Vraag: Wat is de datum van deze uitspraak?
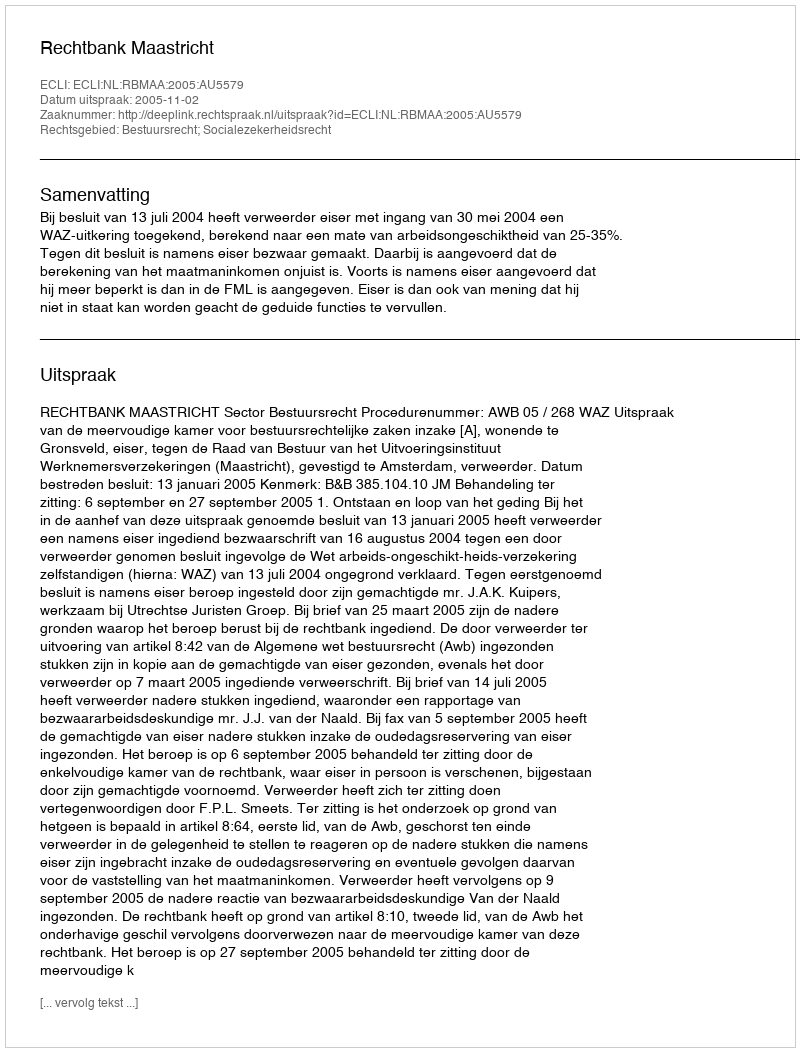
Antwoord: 2005-11-02